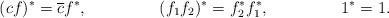
LaTeX: \begin{align*} (cf)^* &= \overline{c}f^*, &(f_1f_2)^*&=f_2^*f_1^*, & 1^*&=1.\end{align*}